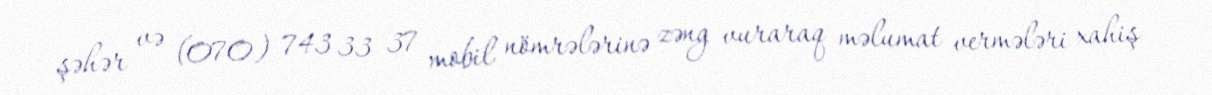
şəhər və (070) 743 33 37 mobil nömrələrinə zəng vuraraq məlumat vermələri xahiş